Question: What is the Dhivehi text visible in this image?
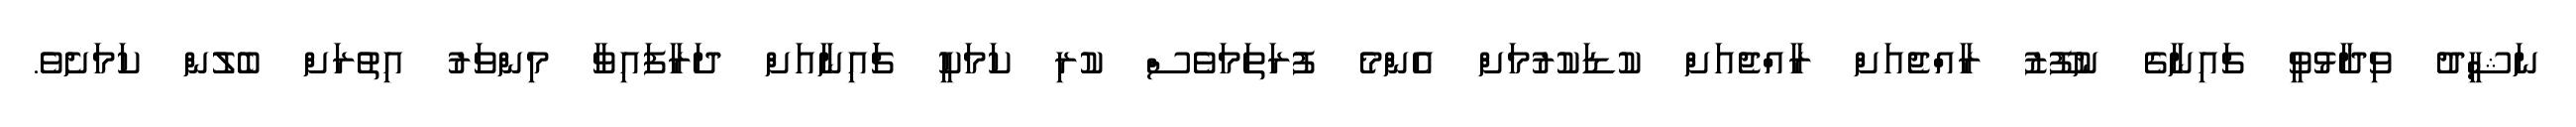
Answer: ނަޝީދު ވިދާޅުވީ ޗައިނާގެ ނުފޫޒު ރާއްޖެއަށް ރާއްޖެއަށް ކުޑަކުރުމަށް އެންމެ ފުރަތަމަވެސް ކުރި ކަމަކީ ޗަައިނާއަށް ދަރާފައިވާ މިންވަރު އިތުރަށް ބެލުން ކަމަށެވެ.